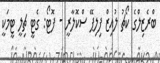
ބްރެޒިލްގެ ކޯޗު ލުއިޒް ފިލިޕޭ ސްކޮލާރީ - ފޮޓޯ: ގެޓީ ޗިލީ ޓީމަކީ